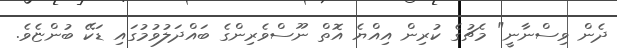
ދެން ވިސްނާނީ" މެޗުގެ ކުރިން އިއްޔެ އޮތް ނޫސްވެރިންގެ ބައްދަލުވުމުގައި ޑަކޭ ބުންޏެވެ.